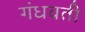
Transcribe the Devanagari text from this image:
गंधवती